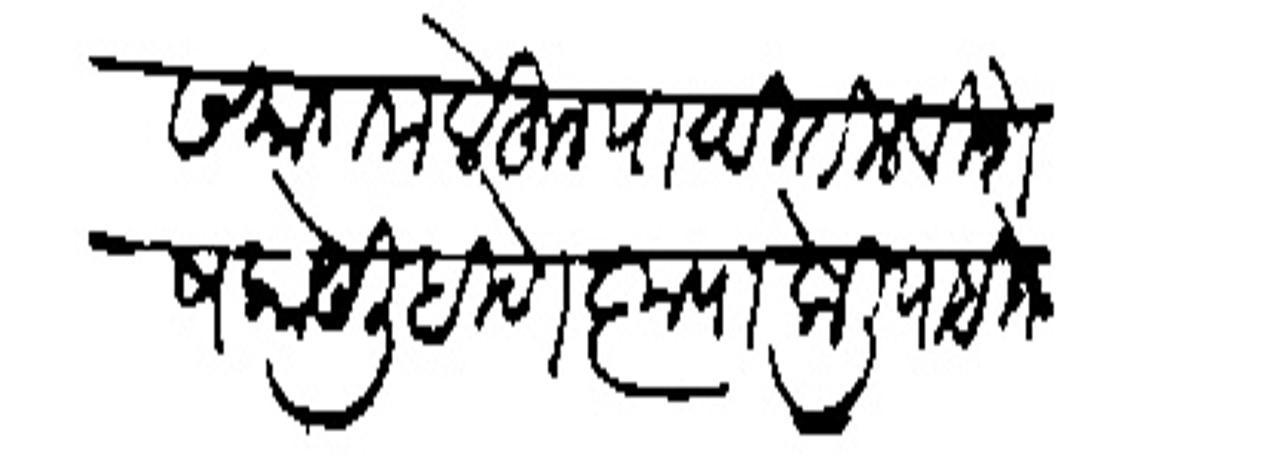
Transliteration (Devanagari): समागम लेहन पाठवितील विशेष काये लिहिणे कृपा केली पाहिजे